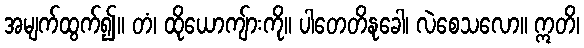
အမျက်ထွက်၍။ တံ၊ ထိုယောကျ်ားကို။ ပါတေတိနုခေါ၊ လဲစေသလော။ ဣတိ၊